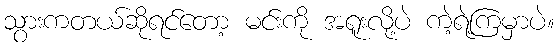
သွားကတယ်ဆိုရင်တော့ မင်းကို အရူးလို့ပဲ ကဲ့ရဲ့ကြမှာပဲ။